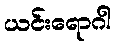
ယင်းရောဂါ